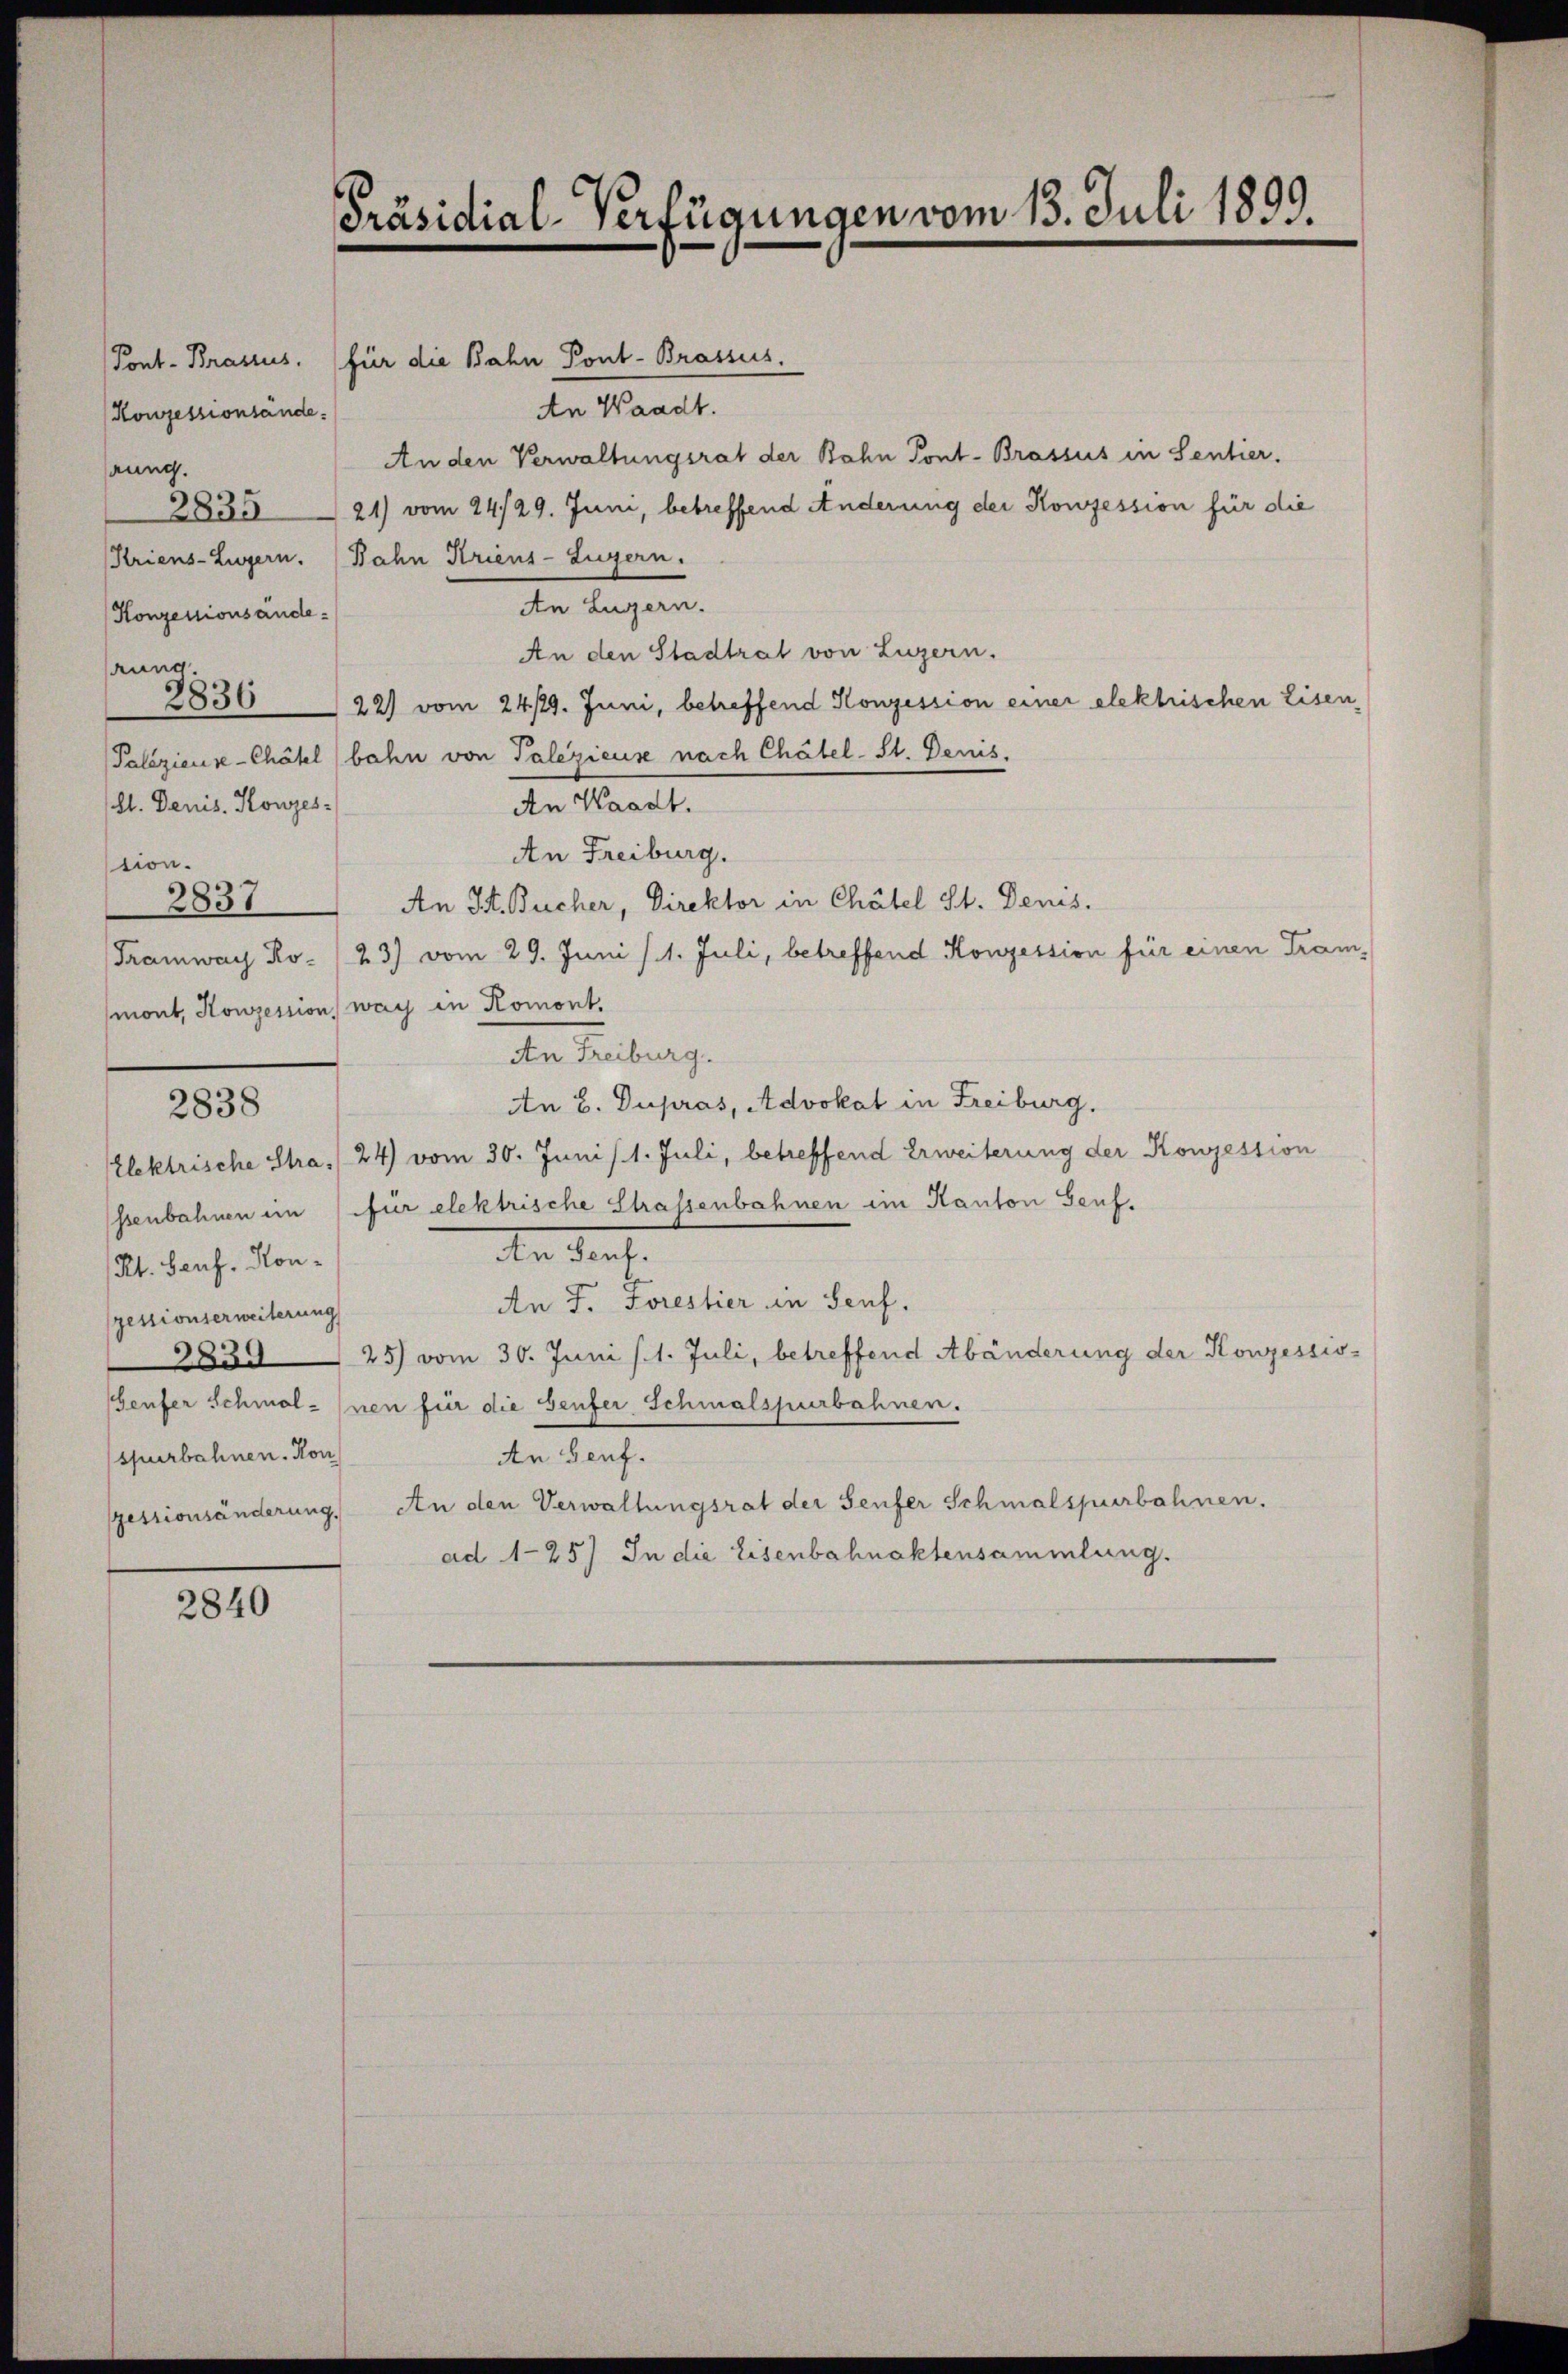
Konzessionsände.
hrung.
Konzessionsänderung.

Pont. Brasius. für die Bahn Pont-Brassus.
An Waadt.
An den Verwaltungsrat der Bahn Pont-Brassus in Sentier.
2835 21) vom 24/29. Juni, betreffend Änderung der Konzession für die
Kriens-Lugern. Bahn Kriens-Zugern.
An Lugern.
An den Stadtrat von Luzern.
283622) vom 24/29. Juni, betreffend Konzession einer elektrischen Eisen¬
Palezieuse-Chätelbahn von Talezieuse nach Chätel-St. Denis.
An Waadt.
An Freiburg.
tion.
2837
An I. Bucher, Direktor in Chätel St. Denis.
Tramwach Ro- /23) vom 29. Juni /1. Juli, betreffend Konzession für einen Trammont, Konzession war in Romont.
An Freiburg.
An b. Dupras, Advokat in Freiburg.
2838
lektrische Stra, 24) vom 30. Juni / 1. Juli, betreffend Erweiterung der Konzession
ssenbahnen in für elektrische Strassenbahnen im Kanton Genf.
de darf.
Kt. Lauf. Kon¬
An F. Forestier in Senf.
zessionserweiterung
383925) vom 30. Juni /1. Juli, betreffend Abänderung der Konzessio
Geufer Schmal-Inen für die Genfer Schmalspurbahnen.
spurbahnen. Hon
An Genf.
pessionsänderung. An den Verwaltungsrat der Seufer Schmalspurbahnen.
ad 1-25.) In die Eisenbahnaktensammlung.
2840

(lt. Denis. Konzes-

Präsidial-Verfügungen vom 13. Juli 1899